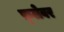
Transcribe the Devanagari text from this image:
फ़्लेवर